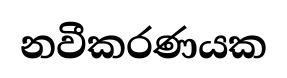
නවීකරණයක